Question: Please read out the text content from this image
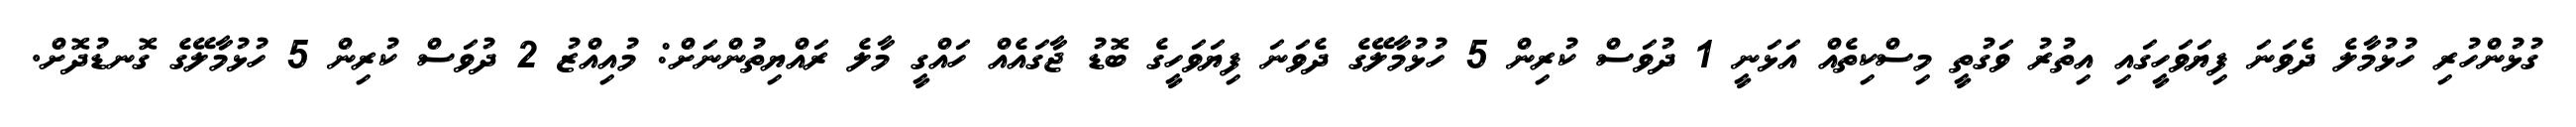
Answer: ގުޅުންހުރި ހުޅުމާލެ ދެވަނަ ފިޔަވަހީގައި އިތުރު ވަގުތީ މިސްކިތެއް އަޅަނީ 1 ދުވަސް ކުރިން 5 ހުޅުމާލޭގެ ދެވަނަ ފިޔަވަހީގެ ބޮޑު ޖާގައެއް ހައްގީ މާލެ ރައްޔިތުންނަށް: މުއިއްޒު 2 ދުވަސް ކުރިން 5 ހުޅުމާލޭގެ ގޮނޑުދޮށް.